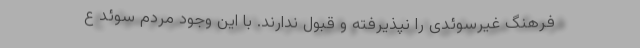
فرهنگ غیرسوئدی را نپذیرفته و قبول ندارند. با این وجود مردم سوئد ع